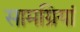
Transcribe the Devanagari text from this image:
सामग्रियां